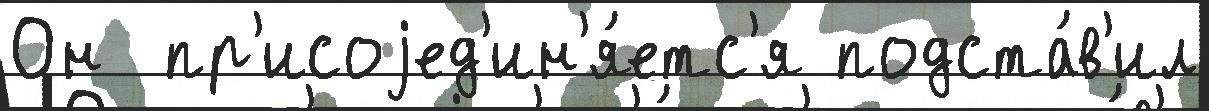
Он  пр'исоjед'ин'я́етс'я подста́в'ил